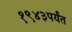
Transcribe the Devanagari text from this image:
१९४३पर्यंत